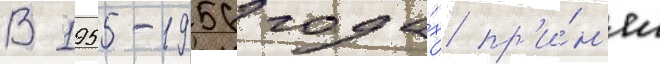
В 1955-1956 года́х пр'и́н'ял